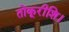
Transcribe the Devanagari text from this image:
तोकूरीशि।